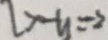
x - y = - 2